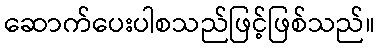
ဆောက်ပေးပါစသည်ဖြင့်ဖြစ်သည်။